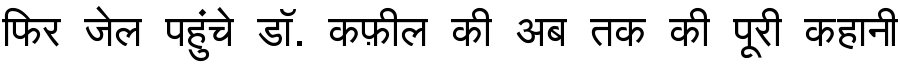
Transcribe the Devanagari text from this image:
फिर जेल पहुंचे डॉ. कफ़ील की अब तक की पूरी कहानी